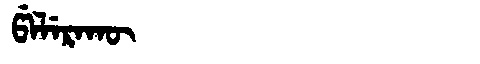
Manchu: ᡦᡝᠯᡝᡵᠠᡴᡡ
Romanization: PELERAKŪ